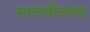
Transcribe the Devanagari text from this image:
मालवीयश्च